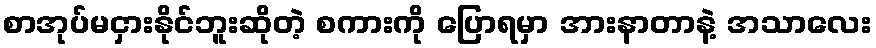
စာအုပ်မငှားနိုင်ဘူးဆိုတဲ့ စကားကို ပြောရမှာ အားနာတာနဲ့ အသာလေး